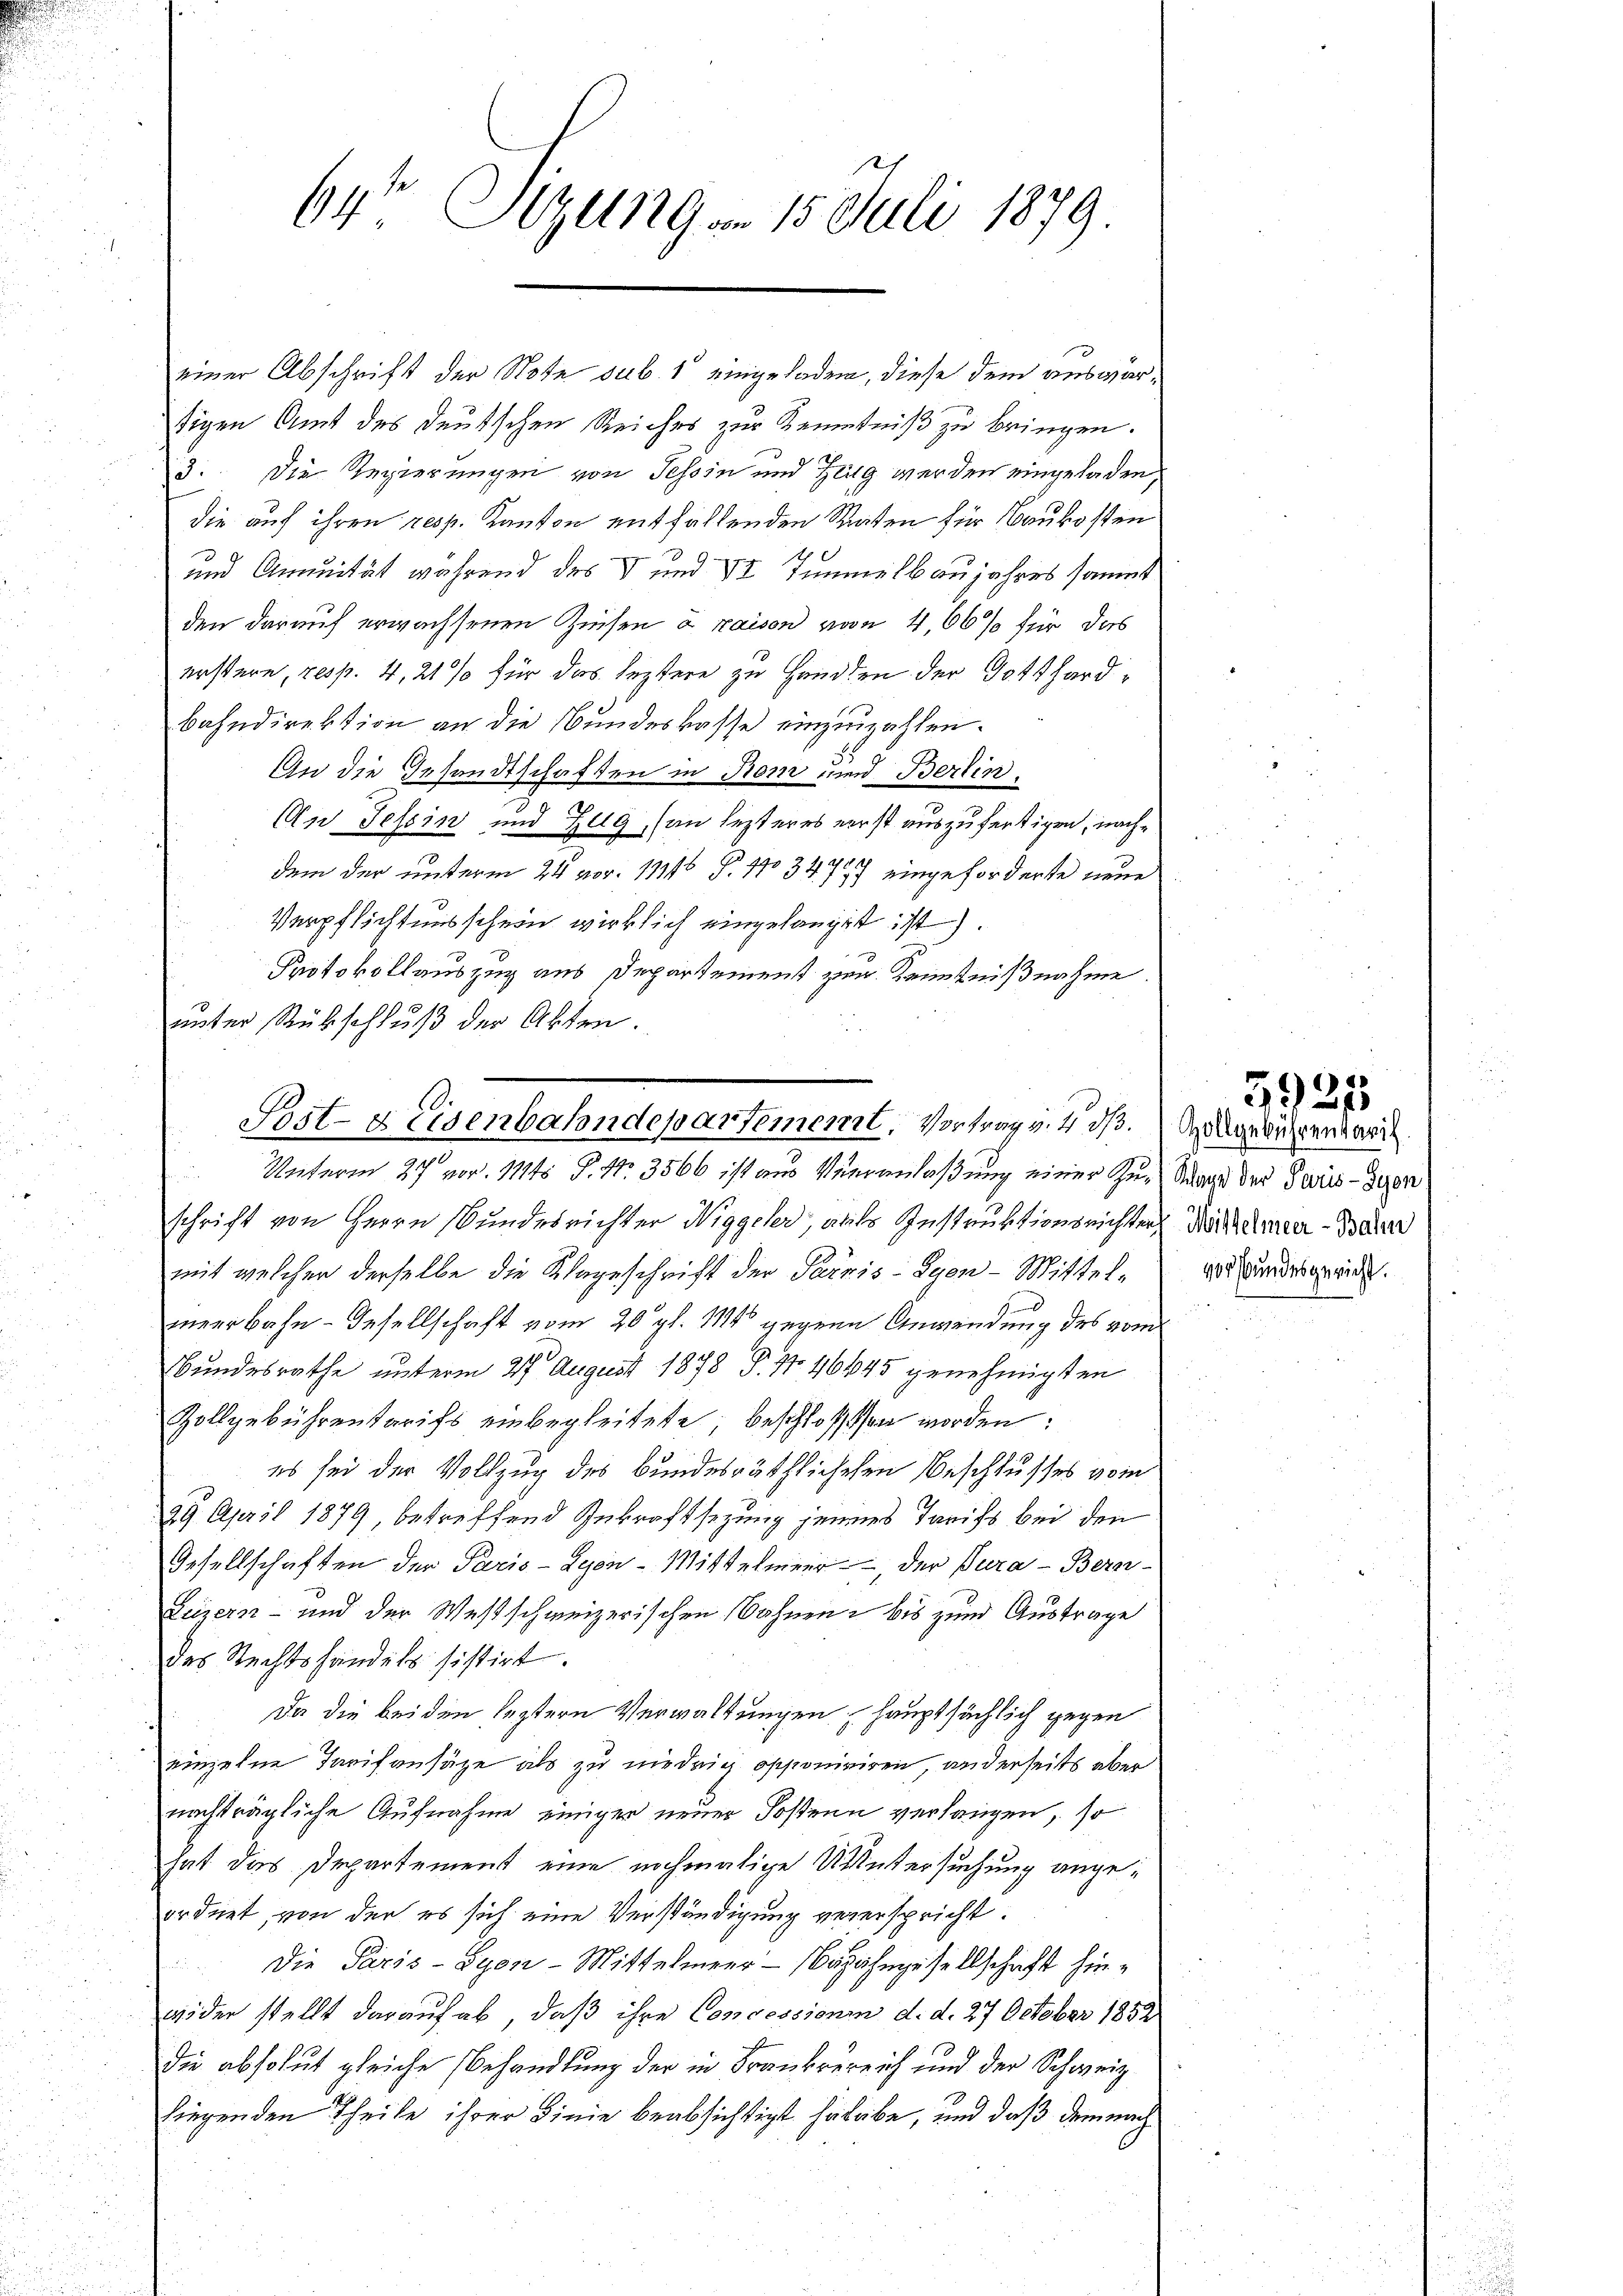
64 Sizung - 15. Juli 1879.

x
e
Post- & Eisenbahndepartement, Vortrag v. d. d.
Unterm 27 vor. Mts P. Nr. 3566 ist aus Veranlaßung einer Zu-Nacht der Paris - Seen

einer Abschrift der Note sub. 1 eingeladen, diese dem auswärtigen Amt des deutschen Reiches zur Kenntniß zu bringen.
3. Die Regierungen von Tessin und Zeig werden eingeladen,
die auf ihren resp. Kanton entfallenden Staaten für Baukosten
und Annuität während des V und VI Temmelbaujahres sammt
den darauf erwachsenen Zinsen à raison von 4,66% für das
erstern, resp. 4, 21 % für das leztere zu Handten der Gotthardbahndirektion an die Bundeskasse einzuzahlen.
An die Gesandtschaften in Rom und Berlin¬
An Tessin und Zug, (an lezteres erst auszufertigen, nachdem der unterm 24. vor. 11446 S. 110 347 eingeforderte neue
Verpflichtensschein wirklich eingelangt ist).
Protokollauszug aus Departement zur Kenntnißnahme.
unter Rückschluß der Akten.
schrift von Herrn Bundesrichter Niggeler, alls Instruktionsrichter Nach unter-Bahne
mit welcher derselbe die Klageschrift der Parnis - Lyon - Mittelmeerbahn- Gesellschaft vom 20 pl. 114 gegene Anwendung des vom
Bundesrathe unterm 27. August 1878 P. Nr. 46645 genehmigten
Zollgebührentarifs einbegleitete, beschlossen worden:
es sei der Vollzug des Bundesräthlichehen Beschlusses vom
29. April 1879, betreffend Inkraftsezung jeners Tarifs bei den
Gesellschaften der Paris - Lyon-Mittelmeer, der Para - Bern-
Luzern- und der Westschweizerischen Bahnen bis zum Austrage
des Rechtshandels sistirt.
Da die beiden leztern Verwaltungen hauptsächlich gegen
einzelne Tarifansätze als zu niedrig opponiriren, anderseits aber
nachträgliche Aufnahme einiger neuer Postenn verlangen, so
hat das Departement eine nochmalige Untersuchung angeordnet, von der es sich eine Verständigung vererspricht.
Die Paris-Gyon-Mittelmeer- Bazahngesellschaft hinwider stellt darauf ab, daß ihre Concessioni d. d. 27 October 1852
die absolut gleiche Behandlung der in Frankereich und der Schweiz
liegenden Theile ihrer Linie beabsichtigt habebe, und daß demnach

5925

Zollgebührenkaris.
vorstundesgericht.